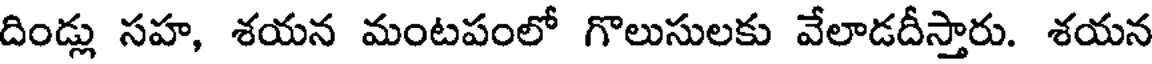
దిండ్లు సహ, శయన మంటపంలో గొలుసులకు వేలాడదీస్తారు. శయన